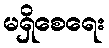
မရှိစေရေး